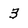
Character: 3